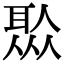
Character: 𦖏